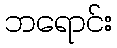
ဘရောင်း